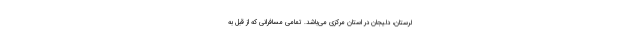
لرستان، دلیجان در استان مرکزی می‌باشد. تمامی مسافرانی که از قبل به